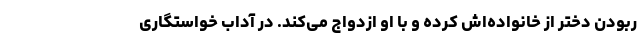
ربودن دختر از خانواده‌اش کرده و با او ازدواج می‌کند. در آداب خواستگاری